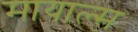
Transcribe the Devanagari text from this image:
मायाल्स